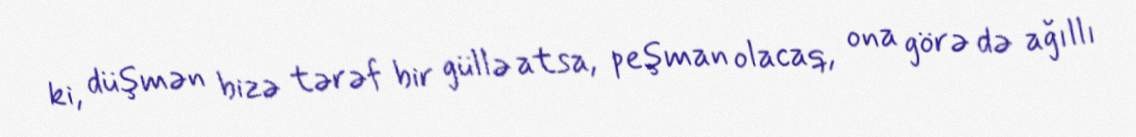
ki, düşmən bizə tərəf bir güllə atsa, peşman olacaq, ona görə də ağıllı